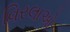
વિરલાઓ